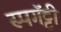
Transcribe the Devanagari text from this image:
स्पगॅट्टी